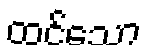
ထင်သော